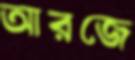
আরজে